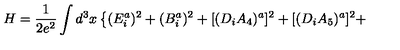
H = \frac { 1 } { 2 e ^ { 2 } } \int d ^ { 3 } x \left\{ ( E _ { i } ^ { a } ) ^ { 2 } + ( B _ { i } ^ { a } ) ^ { 2 } + [ ( D _ { i } A _ { 4 } ) ^ { a } ] ^ { 2 } + [ ( D _ { i } A _ { 5 } ) ^ { a } ] ^ { 2 } + \right.